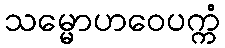
သမ္မောဟဝေပက္ကံ